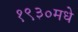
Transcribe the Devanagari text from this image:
१९३०मधे